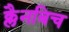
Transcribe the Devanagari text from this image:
क्लैनबिच